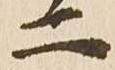
二